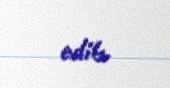
edib.